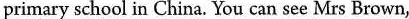
primary school in China. You can see Mrs Brown,